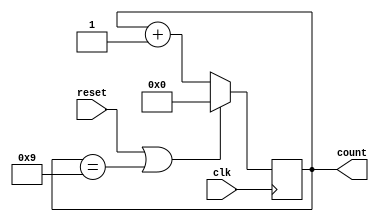
`timescale 1ns / 1ps

module counter(
    input clk,
    input reset,
    output [3:0] count
    );
reg [3:0] count_reg=0;
reg [3:0] count_next=0;

always@(posedge clk)
begin
    
    if(reset || count_reg==4'd9)   
        count_reg<=0;
    else
        count_reg<=count_next;
end
always@(*)
begin
    count_next=count_reg +4'd1;
end

assign count = count_reg;
endmodule